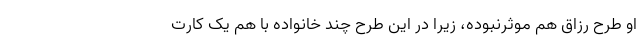
او طرح رزاق هم موثرنبوده، زیرا در این طرح چند خانواده با هم یک کارت